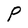
Character: P